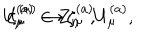
LaTeX: U _ { \mu } ^ { ( a ) } \rightarrow \zeta _ { \mu } ^ { ( a ) } U _ { \mu } ^ { ( a ) } , \hspace { 2 c m } \zeta _ { \mu } ^ { ( a ) } \in { \bf Z } _ { n } ~ ~ ,